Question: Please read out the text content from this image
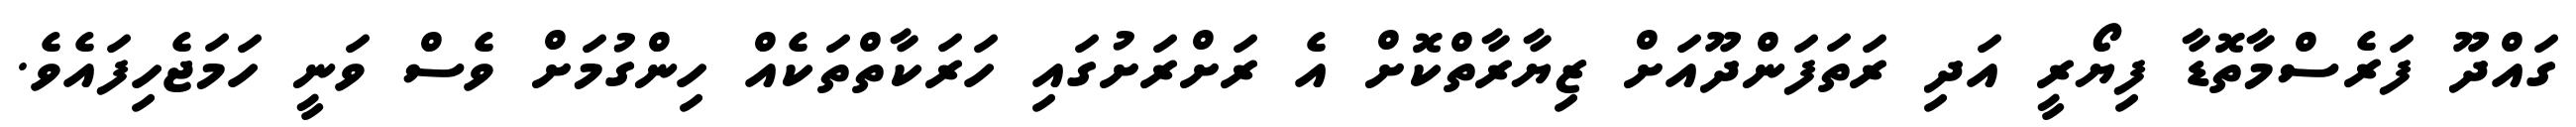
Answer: ގައްދޫ ފަރެސްމާތޮޑާ ފިޔޯރީ އަދި ރަތަފަންދޫއަށް ޒިޔާރާތްކޮށް އެ ރަށްރަށުގައި ހަރަކާތްތަކެއް ހިންގުމަށް ވެސް ވަނީ ހަމަޖެހިފައެވެ.